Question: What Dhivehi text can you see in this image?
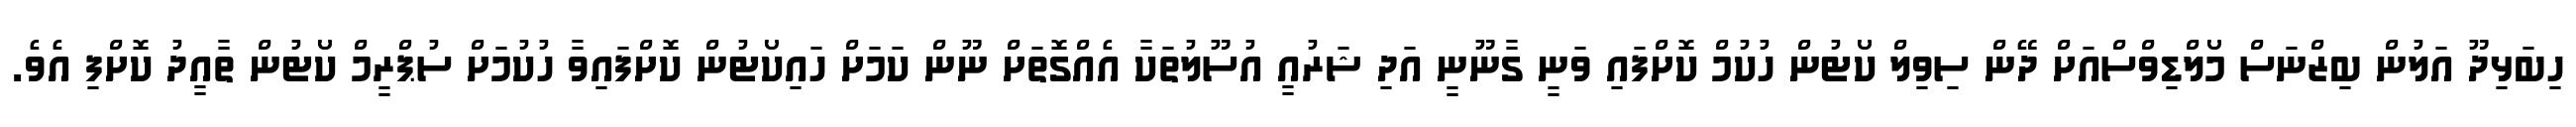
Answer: ހިބަޅިދޫ އަލުން ބިޒްނަސް މޯލްޑިވްސްއަށް ދޭން ސިވިލް ކޯޓުން ހުކުމް ކޮށްފައި ވަނީ ގާނޫނީ އަދި ޝަރުއީ އުސޫލުތަކާ އެއްގޮތަށް ނޫން ކަމަށް ހައިކޯޓުން ކޮށްފައިވާ ހުކުމަށް ސުޕްރީމް ކޯޓުން ތާއީދު ކޮށްފި އެވެ.